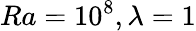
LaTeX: Ra=10^{8},\lambda=1